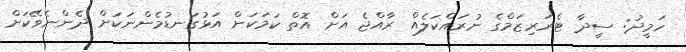
ހަމީދު: ސީދާ ޓެރަރިޒަމްގެ ނުރައްކަލެއް ރާއްޖެ އަށް އޮތް ކަމަކަށް އަޅުގަނޑުމެންނަކަށް ދެންނެވޭކަށް